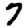
Digit: 7